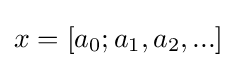
x=[a_{0};a_{1},a_{2},...]